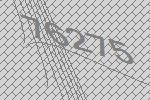
76275